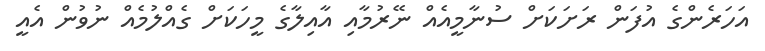
އަހަރެންގެ އުފަން ރަށަކަށް ސުނާމީއެއް ނޭރުމާއި އާއިލާގެ މީހަކަށް ގެއްލުމެއް ނުވުން އެއީ